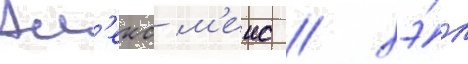
Ал'екс м'еис / хэ́л